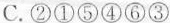
A.③①②④⑥⑤ B.③②①⑤④⑥